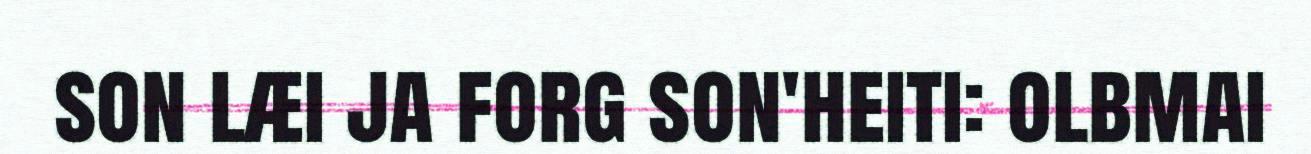
son læi ja forg son'heiti: olbmai